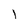
Character: 1